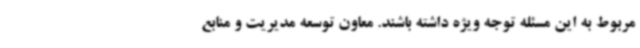
مربوط به این مسئله توجه ویژه داشته باشند. معاون توسعه مدیریت و منابع